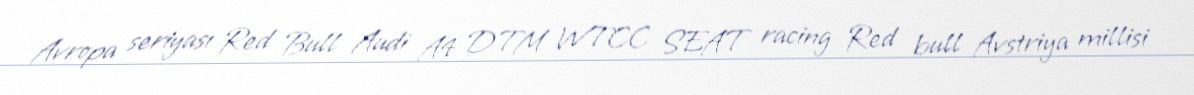
Avropa seriyası Red Bull Audi A4 DTM WTCC SEAT racing Red bull Avstriya millisi